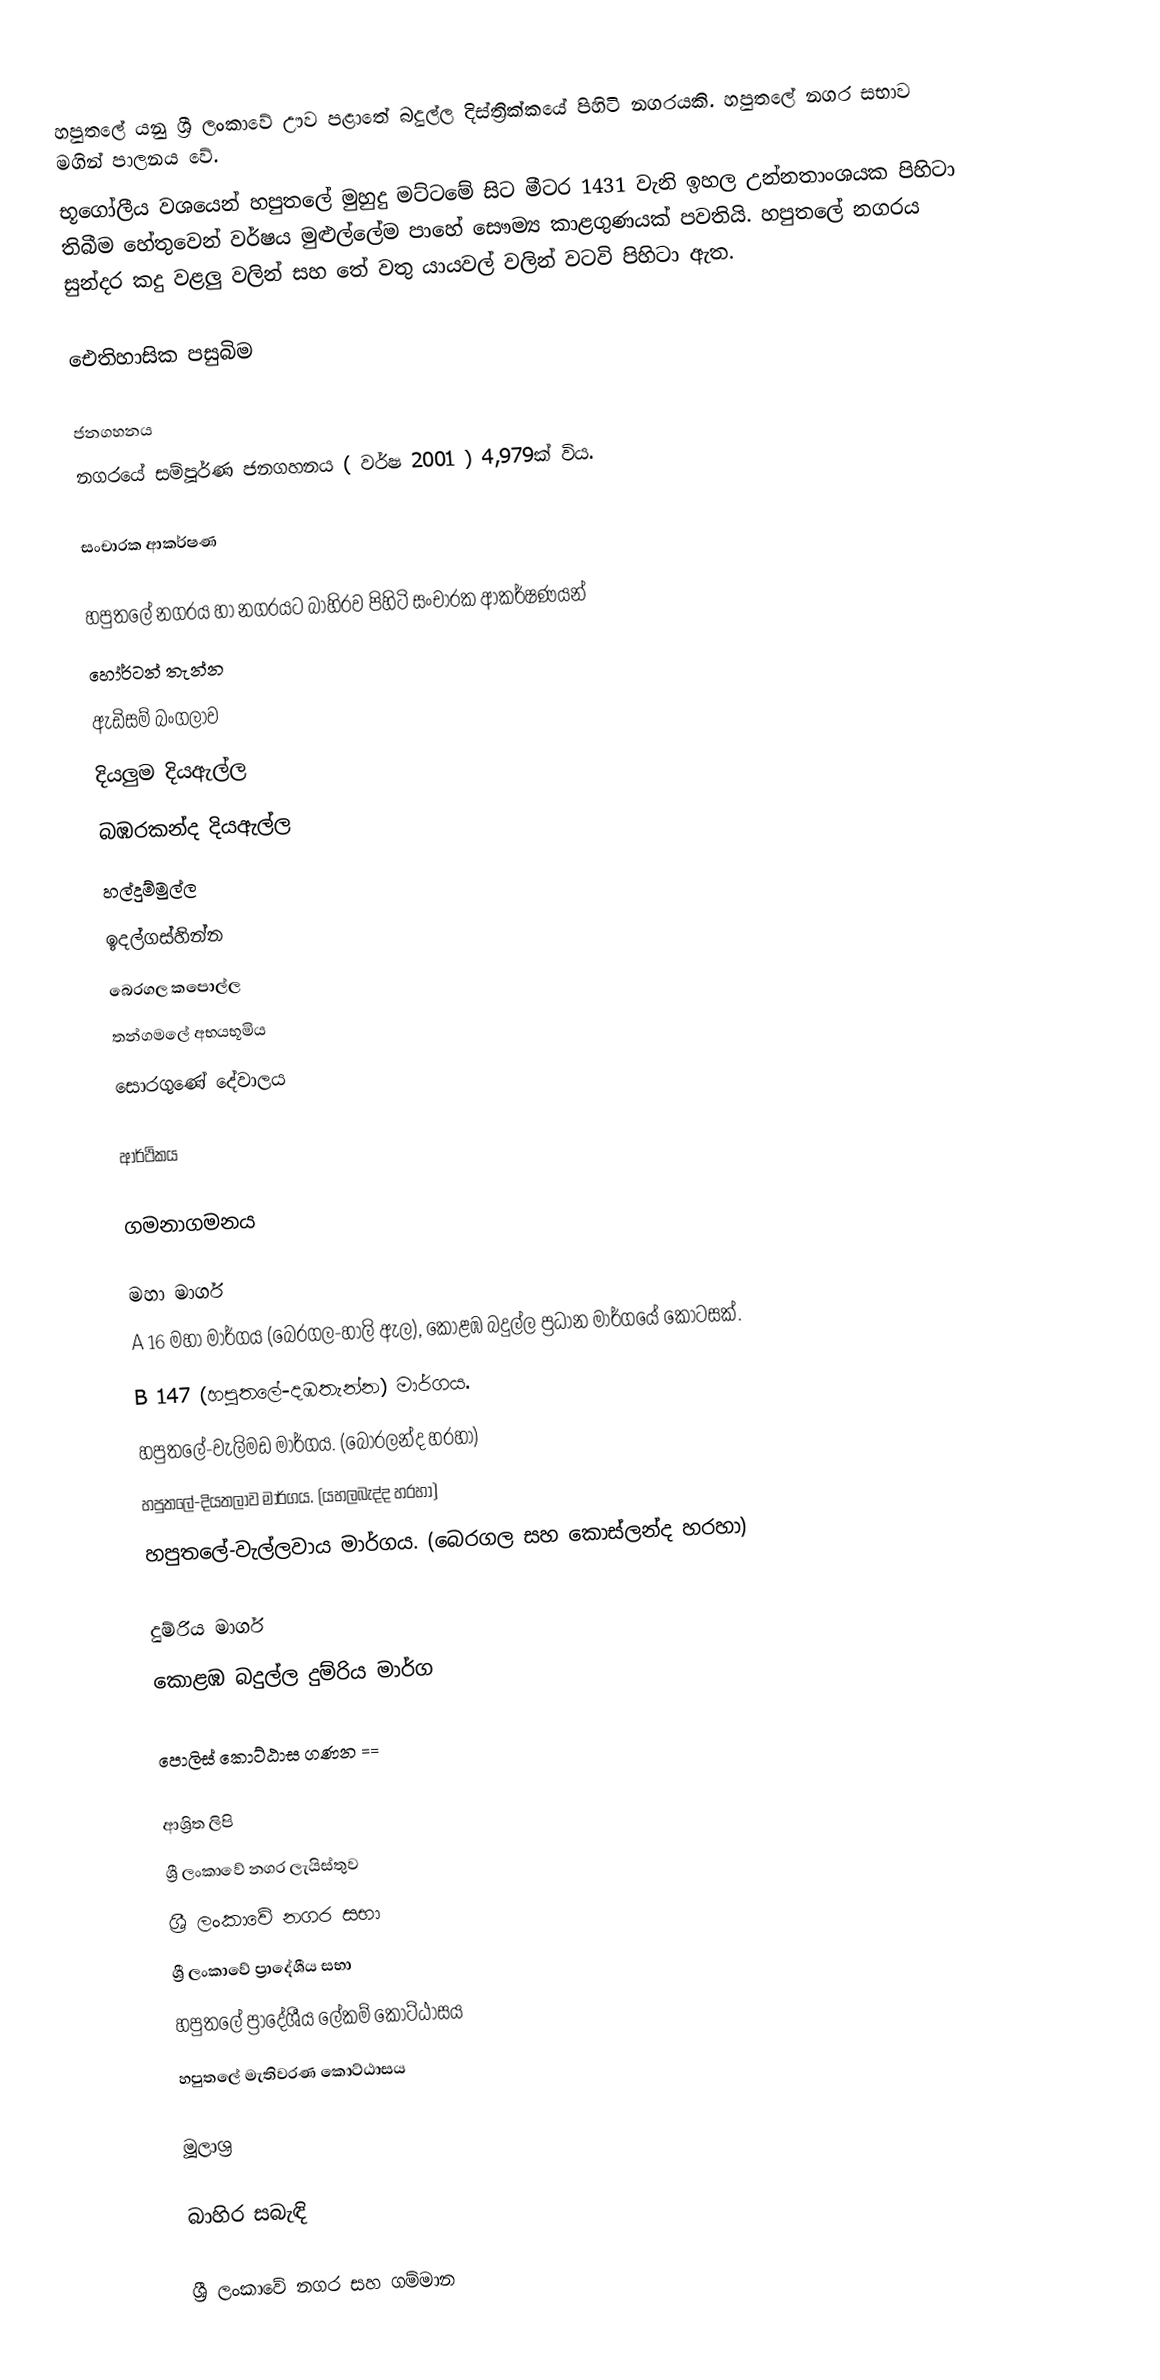
හපුතලේ යනු ශ්‍රී ලංකාවේ ඌව පළාතේ බදුල්ල දිස්ත්‍රික්කයේ පිහිටි නගරයකි. හපුතලේ නගර සභාව මගින් පාලනය වේ.
භූගෝලීය වශයෙන් හපුතලේ මුහුදු මට්ටමේ සිට මීටර 1431 වැනි ඉහල උන්නතාංශයක පිහිටා තිබීම හේතුවෙන් වර්ෂය මුළුල්ලේම පාහේ සෞම්‍ය කාළගුණයක් පවතියි. හපුතලේ නගරය සුන්දර කදු වළලු වලින් සහ තේ වතු යායවල් වලින් වටවි පිහිටා ඇත.

ඓතිහාසික පසුබිම

ජනගහනය
නගරයේ සම්පූර්ණ ජනගහනය ( වර්ෂ 2001 ) 4,979ක් විය.

සංචාරක ආකර්ෂණ

හපුතලේ නගරය හා නගරයට බාහිරව පිහිටි සංචාරක ආකර්ෂණයන්
 හෝර්ටන් තැන්න
 ඇඩිසම් බංගලාව
 දියලුම දියඇල්ල
 බඹරකන්ද දියඇල්ල
 හල්දුම්මුල්ල
 ඉදල්ගස්හින්න
 බෙරගල කපොල්ල
 තන්ගමලේ අභයභූමිය
 සොරගුණේ දේවාලය

ආර්ථිකය

ගමනාගමනය

මහා මාර්ග
 A 16 මහා මාර්ගය (බෙරගල-හාලි ඇල), කොළඹ බදුල්ල ප්‍රධාන මාර්ගයේ කොටසක්.
 B 147 (හපුතලේ-දඹතැන්න) මාර්ගය.
 හපුතලේ-වැලිමඩ මාර්ගය. (බොරලන්ද හරහා)
 හපුතලේ-දියතලාව මාර්ගය. (යහලබැද්ද හරහා)
 හපුතලේ-වැල්ලවාය මාර්ගය. (බෙරගල සහ කොස්ලන්ද හරහා)

දුම්රිය මාර්ග
කොළඹ බදුල්ල දුම්රිය මාර්ග

පොලිස් කොට්ඨාස ගණන ==

ආශ්‍රිත ලිපි
 ශ්‍රී ලංකාවේ නගර ලැයිස්තුව
 ශ්‍රී ලංකාවේ නගර සභා
 ශ්‍රී ලංකාවේ ප්‍රාදේශීය සභා
 හපුතලේ ප්‍රාදේශීය ලේකම් කොට්ඨාසය
 හපුතලේ මැතිවරණ කොට්ඨාසය

මූලාශ්‍ර

බාහිර සබැඳි

ශ්‍රී ලංකාවේ නගර සහ ගම්මාන